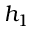
h _ { 1 }